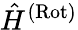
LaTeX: \hat{H}^{\mathrm{(Rot)}}